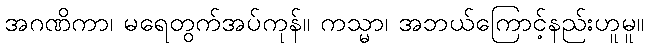
အဂဏိကာ၊ မရေတွက်အပ်ကုန်။ ကသ္မာ၊ အဘယ်ကြောင့်နည်းဟူမူ။